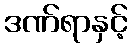
ဒဏ်ရာနှင့်